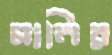
মানির